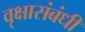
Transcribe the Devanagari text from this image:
वृक्षासंबंधी